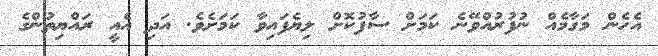
އެހެން މަގާމެއް ނުފުރުއްވޭނެ ކަމަށް ސާފުކޮށް ލިޔެފައިވާ ކަމަށެވެ. އަދި އެއީ ރައްޔިތުންގެ